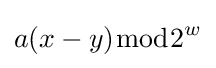
a(x-y){\bmod {2}}^{w}